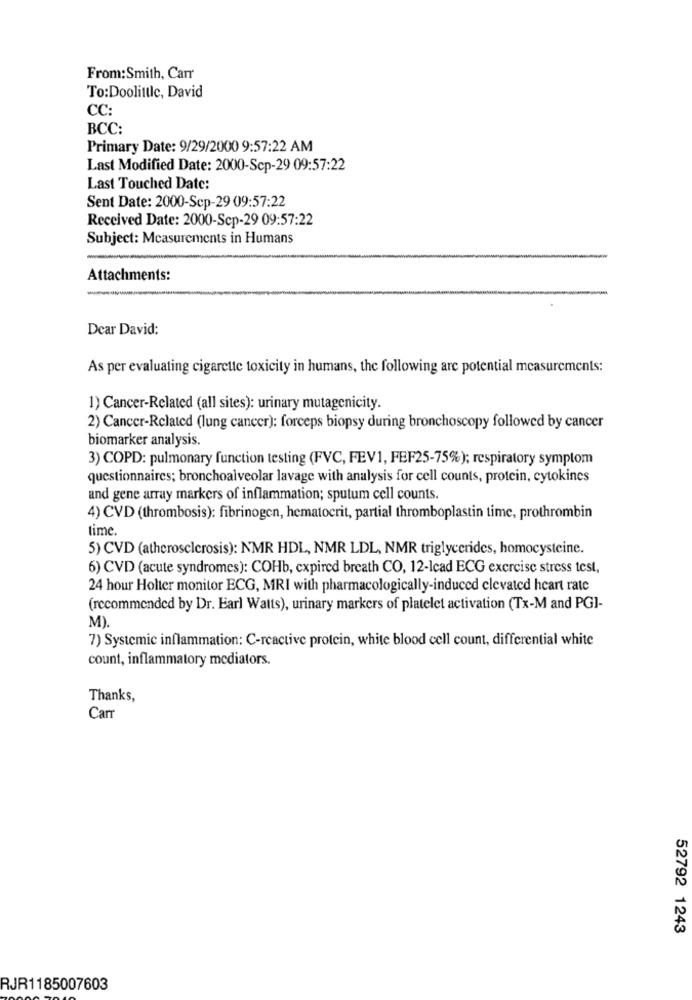
From:Smith, Carr
To:Doolittle, David
CC:
BCC:
Primary Date: 9/29/2000 9:57:22 AM
Last Modified Date: 2000-Scp-29 09:57:22
Last Touched Date:
Sent Date: 2000-Sep-29 09:57:22
Received Date: 2000-Sep-29 09:57:22
Subject: Measurements in Humans
Attachments:
-
Dear David:
As per evaluating cigarette toxicity in humans, the following are potential measurements:
1) Cancer-Related (all sites): urinary mutagenicity.
2) Cancer-Related (lung cancer): forceps biopsy during bronchoscopy followed by cancer
biomarker analysis.
3) COPD: pulmonary function testing (FVC, FEV1, FEF25-75%); respiratory symptom
questionnaires; bronchoalveolar lavage with analysis for cell counts, protein, cytokines
and gene array markers of inflammation; sputum cell counts.
4) CVD (thrombosis): fibrinogen, hematocrit, partial thromboplastin time, prothrombin
time.
5) CVD (atherosclerosis): NMR HDL, NMR LDL, NMR triglycerides, homocysteine.
6) CVD (acute syndromes): COHb, expired breath CO, 12-Icad ECG exercise stress test,
24 hour Holter monitor ECG, MRI with pharmacologically-induced elevated heart rate
(recommended by Dr. Earl Watts), urinary markers of platelet activation (Tx-M and PGI-
M).
7) Systemic inflammation: C-reactive protein, white blood cell count, differential white
count, inflammatory mediators.
Thanks,
Carr
52792 1243
RJR1185007603